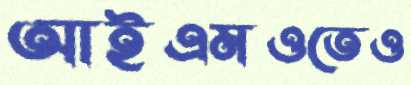
আইএমওতেও